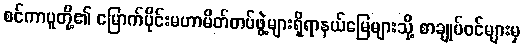
စင်ကာပူတို့၏ မြောက်ပိုင်းမဟာမိတ်တပ်ဖွဲ့များရှိရာနယ်မြေများသို့ စာချုပ်ဝင်များမှ